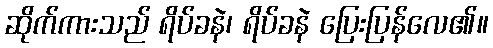
ဆိုက်ကားသည် ရိပ်ခနဲ၊ ရိပ်ခနဲ ပြေးပြန်လေ၏။